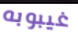
غيبوبه